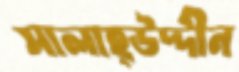
সালাহ্উদ্দীন